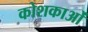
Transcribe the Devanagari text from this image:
कोशकाओं